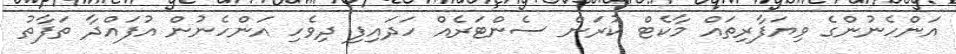
އަންހެނުންގެ ވިޔަފާރިތައް މާކެޓް ކުރަން ސެންޓަރެއް ހަދައިފި ދިވެހި އަންހެނުން އުފައްދާ ތަފާތު